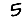
Digit: 5